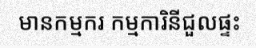
មានកម្មករ កម្មការិនីជួលផ្ទះ